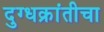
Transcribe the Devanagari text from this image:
दुग्धक्रांतीचा